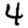
Digit: 4